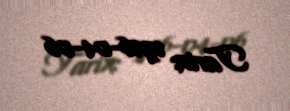
Tarix: 1976-04-06